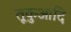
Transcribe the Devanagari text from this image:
तूकुआदि